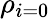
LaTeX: \rho_{i=0}